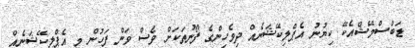
ޑަބްސްމޭޝްއެކޭ ކިޔުނު އެޕްލިކޭޝަނެއް ދިވެހިންގެ ފޯނުތަކަށް ވެސް ވަން ފަހުން މި އެޕްލިކޭޝަނެއް